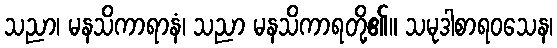
သညာ၊ မနသိကာရာနံ၊ သညာ မနသိကာရတို့၏။ သမုဒါစာရဝသေန၊